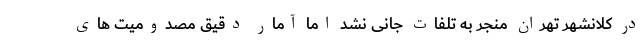
در کلانشهر تهران منجر به تلفات جانی نشد اما آمار دقیق مصدومیت های